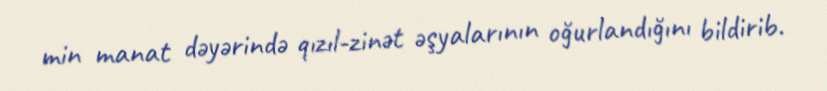
min manat dəyərində qızıl-zinət əşyalarının oğurlandığını bildirib.